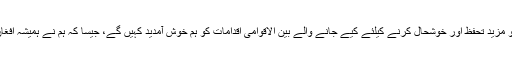
کے جواب میں جان کربی کا کہنا تھا کہ 'افغانستان کو مزید تحفظ اور خوشحال کرنے کیلئے کیے جانے والے بین الاقوامی اقدامات کو ہم خوش آمدید کہیں گے، جیسا کہ ہم نے ہمیشہ افغان قیادت کے تحت مذاکرات کا عمل جاری رکھا ہے'۔